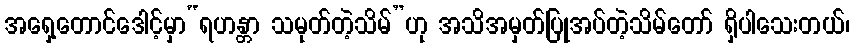
အရှေ့တောင်ဒေါင့်မှာ“ရဟန္တာ သမုတ်တဲ့သိမ်”ဟု အသိအမှတ်ပြုအပ်တဲ့သိမ်တော် ရှိပါသေးတယ်၊